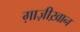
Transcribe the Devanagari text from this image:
ग़ाज़ीख़ान